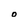
Character: o